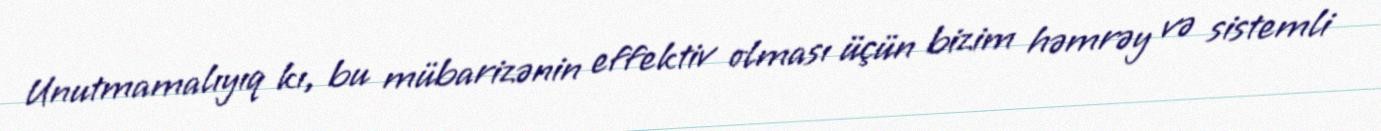
Unutmamalıyıq kı, bu mübarizənin effektiv olması üçün bizim həmrəy və sistemli